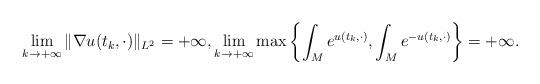
LaTeX: \begin{align*}\lim_{k\to+\infty}\|\nabla u(t_k,\cdot)\|_{L^2}=+\infty, \lim_{k\to+\infty}\max\left\{\int_{M}e^{u(t_k,\cdot)}, \int_{M}e^{-u(t_k,\cdot)}\right\} =+\infty.\end{align*}